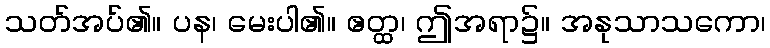
သတ်အပ်၏။ ပန၊ မေးပါ၏။ ဧတ္ထ၊ ဤအရာ၌။ အနုသာသကော၊